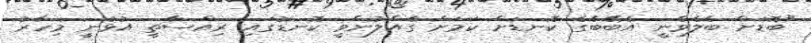
"ބޮޑަށް ބެލެވެނީ އެބޭބެގެ ކޮނޑަށް ކަމަށް ގެއްލުންވީ ކޮނޑުގައި ރިއްސާތީ އުޅުނީ މިހާރު